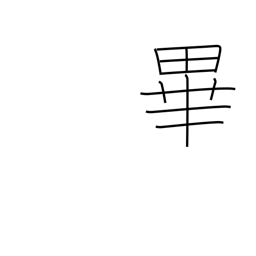
Meaning: the end